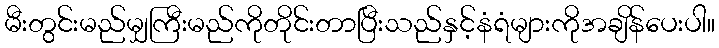
မီးတွင်းမည်မျှကြီးမည်ကိုတိုင်းတာပြီးသည်နှင့်နံရံများကိုအချိန်ပေးပါ။